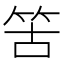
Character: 䇢